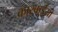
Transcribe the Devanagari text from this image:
कारवाईयों